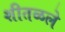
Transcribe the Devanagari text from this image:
शीतळले